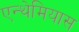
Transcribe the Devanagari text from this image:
एन्थेमियास